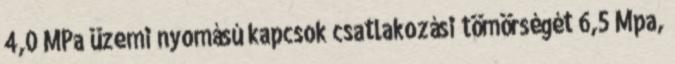
4,0 MPa üzemi nyomású kapcsok csatlakozási tömörségét 6,5 Mpa,